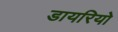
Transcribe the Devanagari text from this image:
डायरियो